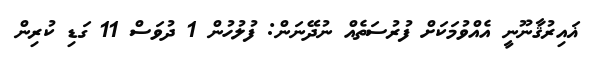
ޣައިރުޤާނޫނީ އެއްވުމަކަށް ފުރުސަތެއް ނުދޭނަން: ފުލުހުން 1 ދުވަސް 11 ގަޑި ކުރިން